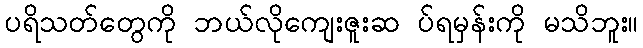
ပရိသတ်တွေကို ဘယ်လိုကျေးဇူးဆ ပ်ရမှန်းကို မသိဘူး။